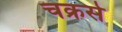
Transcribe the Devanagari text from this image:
चक्रसे